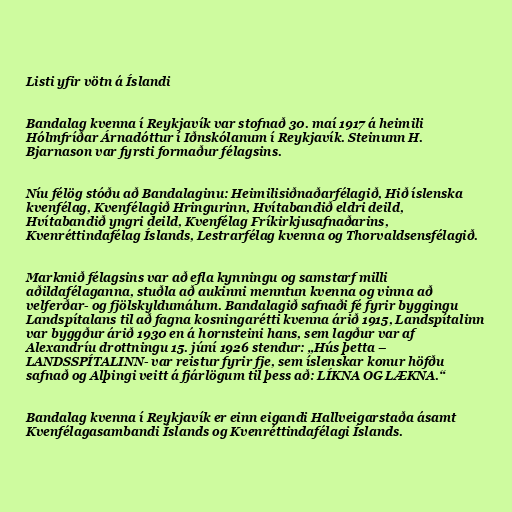
Listi yfir vötn á Íslandi

Bandalag kvenna í Reykjavík var stofnað 30. maí 1917 á heimili
Hólmfríðar Árnadóttur í Iðnskólanum í Reykjavík. Steinunn H.
Bjarnason var fyrsti formaður félagsins.

Níu félög stóðu að Bandalaginu: Heimilisiðnaðarfélagið, Hið íslenska
kvenfélag, Kvenfélagið Hringurinn, Hvítabandið eldri deild,
Hvítabandið yngri deild, Kvenfélag Fríkirkjusafnaðarins,
Kvenréttindafélag Íslands, Lestrarfélag kvenna og Thorvaldsensfélagið.

Markmið félagsins var að efla kynningu og samstarf milli
aðildafélaganna, stuðla að aukinni menntun kvenna og vinna að
velferðar- og fjölskyldumálum. Bandalagið safnaði fé fyrir byggingu
Landspítalans til að fagna kosningarétti kvenna árið 1915, Landspítalinn
var byggður árið 1930 en á hornsteini hans, sem lagður var af
Alexandríu drottningu 15. júní 1926 stendur: „Hús þetta –
LANDSSPÍTALINN- var reistur fyrir fje, sem íslenskar konur höfðu
safnað og Alþingi veitt á fjárlögum til þess að: LÍKNA OG LÆKNA.“

Bandalag kvenna í Reykjavík er einn eigandi Hallveigarstaða ásamt
Kvenfélagasambandi Íslands og Kvenréttindafélagi Íslands.